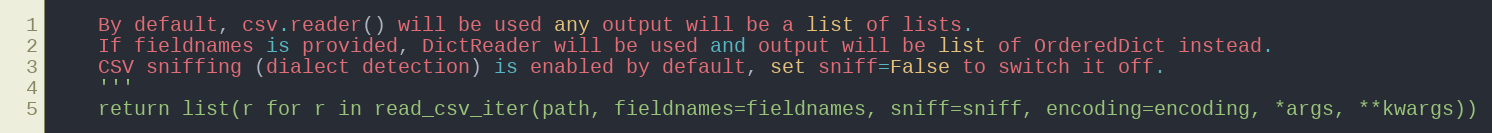
Language: Python
    By default, csv.reader() will be used any output will be a list of lists.
    If fieldnames is provided, DictReader will be used and output will be list of OrderedDict instead.
    CSV sniffing (dialect detection) is enabled by default, set sniff=False to switch it off.
    '''
    return list(r for r in read_csv_iter(path, fieldnames=fieldnames, sniff=sniff, encoding=encoding, *args, **kwargs))